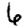
Digit: 6